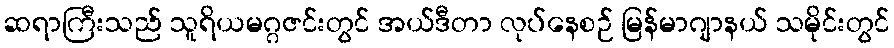
ဆရာကြီးသည် သူရိယမဂ္ဂဇင်းတွင် အယ်ဒီတာ လုပ်နေစဉ် မြန်မာဂျာနယ် သမိုင်းတွင်